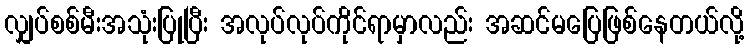
လျှပ်စစ်မီးအသုံးပြုပြီး အလုပ်လုပ်ကိုင်ရာမှာလည်း အဆင်မပြေဖြစ်နေတယ်လို့